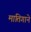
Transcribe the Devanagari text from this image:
मातिगाने